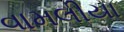
વામલીયા